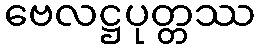
ဗေလဋ္ဌပုတ္တဿ